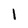
Character: 1